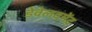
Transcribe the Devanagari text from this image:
डेवेलवमेंट